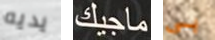
يديه ماجيك بي